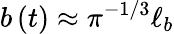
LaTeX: b\left(t\right)\approx\pi^{-1/3}\ell_{b}